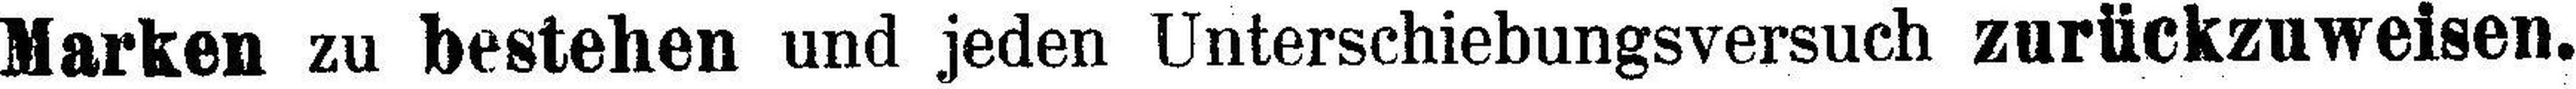
Marken zu bestehen und jeden Unterschiebungsversuch zurückzuweisen.